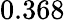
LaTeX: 0.368